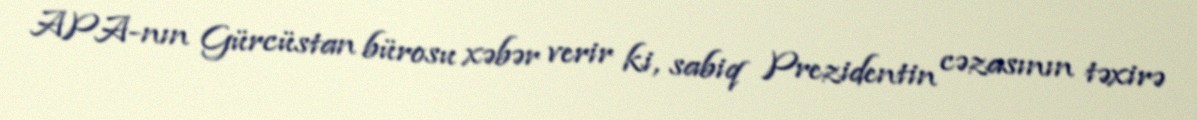
APA-nın Gürcüstan bürosu xəbər verir ki, sabiq Prezidentin cəzasının təxirə